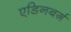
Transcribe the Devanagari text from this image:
एडिनबर्ग़